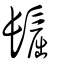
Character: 𩭪